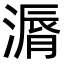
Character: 漘